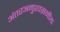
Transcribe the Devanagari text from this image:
अंतरअनुशासनीय